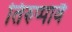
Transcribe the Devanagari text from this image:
तिरुप्पावै